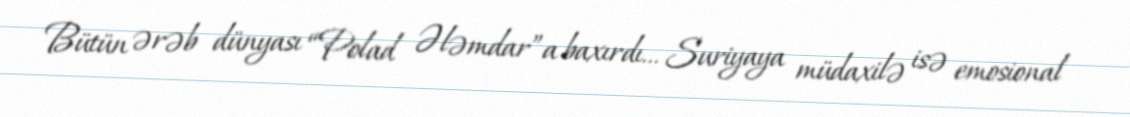
Bütün ərəb dünyası “Polad Ələmdar”a baxırdı... Suriyaya müdaxilə isə emosional